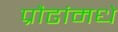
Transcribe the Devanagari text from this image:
प्रौढांमधे